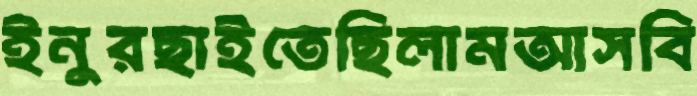
ইনুরছাইতেছিলামআসবি